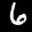
Label: 6